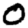
Digit: 0